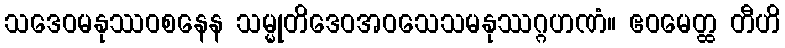
သဒေဝမနုဿဝစနေန သမ္မုတိဒေဝအဝသေသမနုဿဂ္ဂဟဏံ။ ဧဝမေတ္ထ တီဟိ